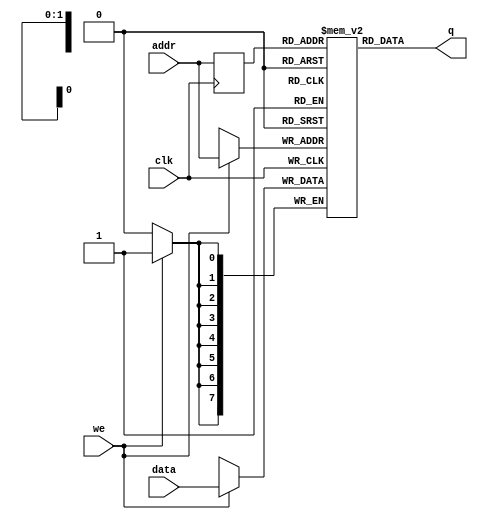
module RAM #(parameter DATA_WIDTH=8, parameter ADDR_WIDTH=2)(
    // Module ports
    input [(DATA_WIDTH-1):0] data,    // Data input for write operation
    input [(ADDR_WIDTH-1):0] addr,    // Address input for read and write operations
    input we,                        // Write enable input
    input clk,                       // Clock input for synchronous operation
    output reg [(DATA_WIDTH-1):0] q  // Data output for read operation
);

    // Declare the RAM variable
    reg [DATA_WIDTH-1:0] ram[2**ADDR_WIDTH-1:0];

    // Variable to hold the registered read address
    reg [ADDR_WIDTH-1:0] addr_reg;

    // Synchronous process for write and address registration
    always @ (posedge clk) begin
        if (we) // Write operation
            ram[addr] <= #1 data;  // Write data into RAM at specified address

        addr_reg <= #1 addr;  // Register the address on positive edge of clk
    end

    // Assign output q to data read from RAM based on addr_reg
    assign q = ram[addr_reg];

endmodule